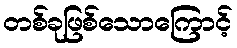
တစ်ခုဖြစ်သောကြောင့်